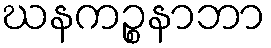
ဃနကဉ္စနာဘာ